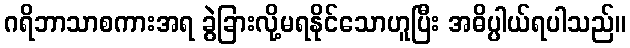
ဂရိဘာသာစကားအရ ခွဲခြားလို့မရနိုင်သောဟူပြီး အဓိပ္ပါယ်ရပါသည်။